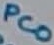
Text: PC0